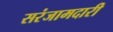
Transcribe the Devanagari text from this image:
सरंजामदारी